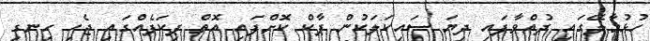
ހުޅުމާލޭގައި ދުއްވާފައި ދިޔަ ސައިކަލަކުން ޕާކް ކޮށްފައި އޮތް ޕިކަޕެއްގައި ޖެހި ހިނގި